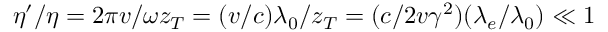
\eta ^ { \prime } / \eta = 2 \pi v / \omega z _ { T } = ( v / c ) \lambda _ { 0 } / z _ { T } = ( c / 2 v \gamma ^ { 2 } ) ( \lambda _ { e } / \lambda _ { 0 } ) \ll 1